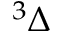
^ 3 \Delta